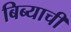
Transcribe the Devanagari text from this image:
बिब्याची